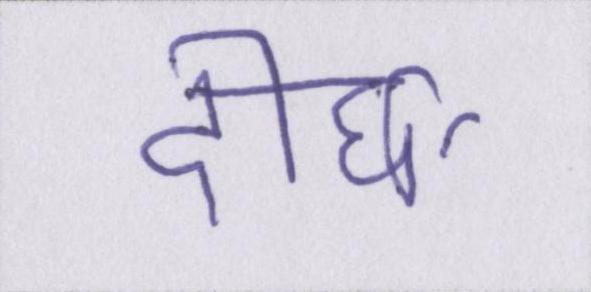
दीर्घा